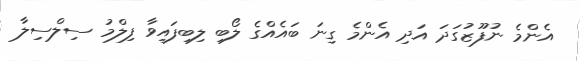
އެންމެ ނުފޫޒުގަދަ އަދި އެންމެ ގިނަ ބައެއްގެ ލޯބި ލިބިފައިވާ ފިލްމު ސިލްސިލާ